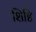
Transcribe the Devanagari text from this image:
शिष्टि